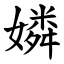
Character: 嫾